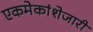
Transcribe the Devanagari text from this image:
एकमेकांशेजारी